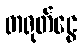
တရုတ်ငွေ